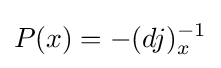
P(x)=-(dj)_{x}^{-1}